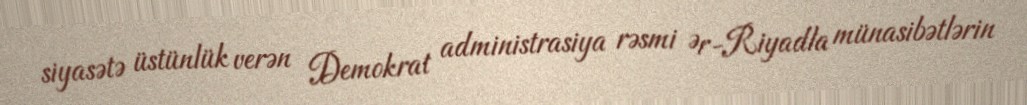
siyasətə üstünlük verən Demokrat administrasiya rəsmi Ər-Riyadla münasibətlərin